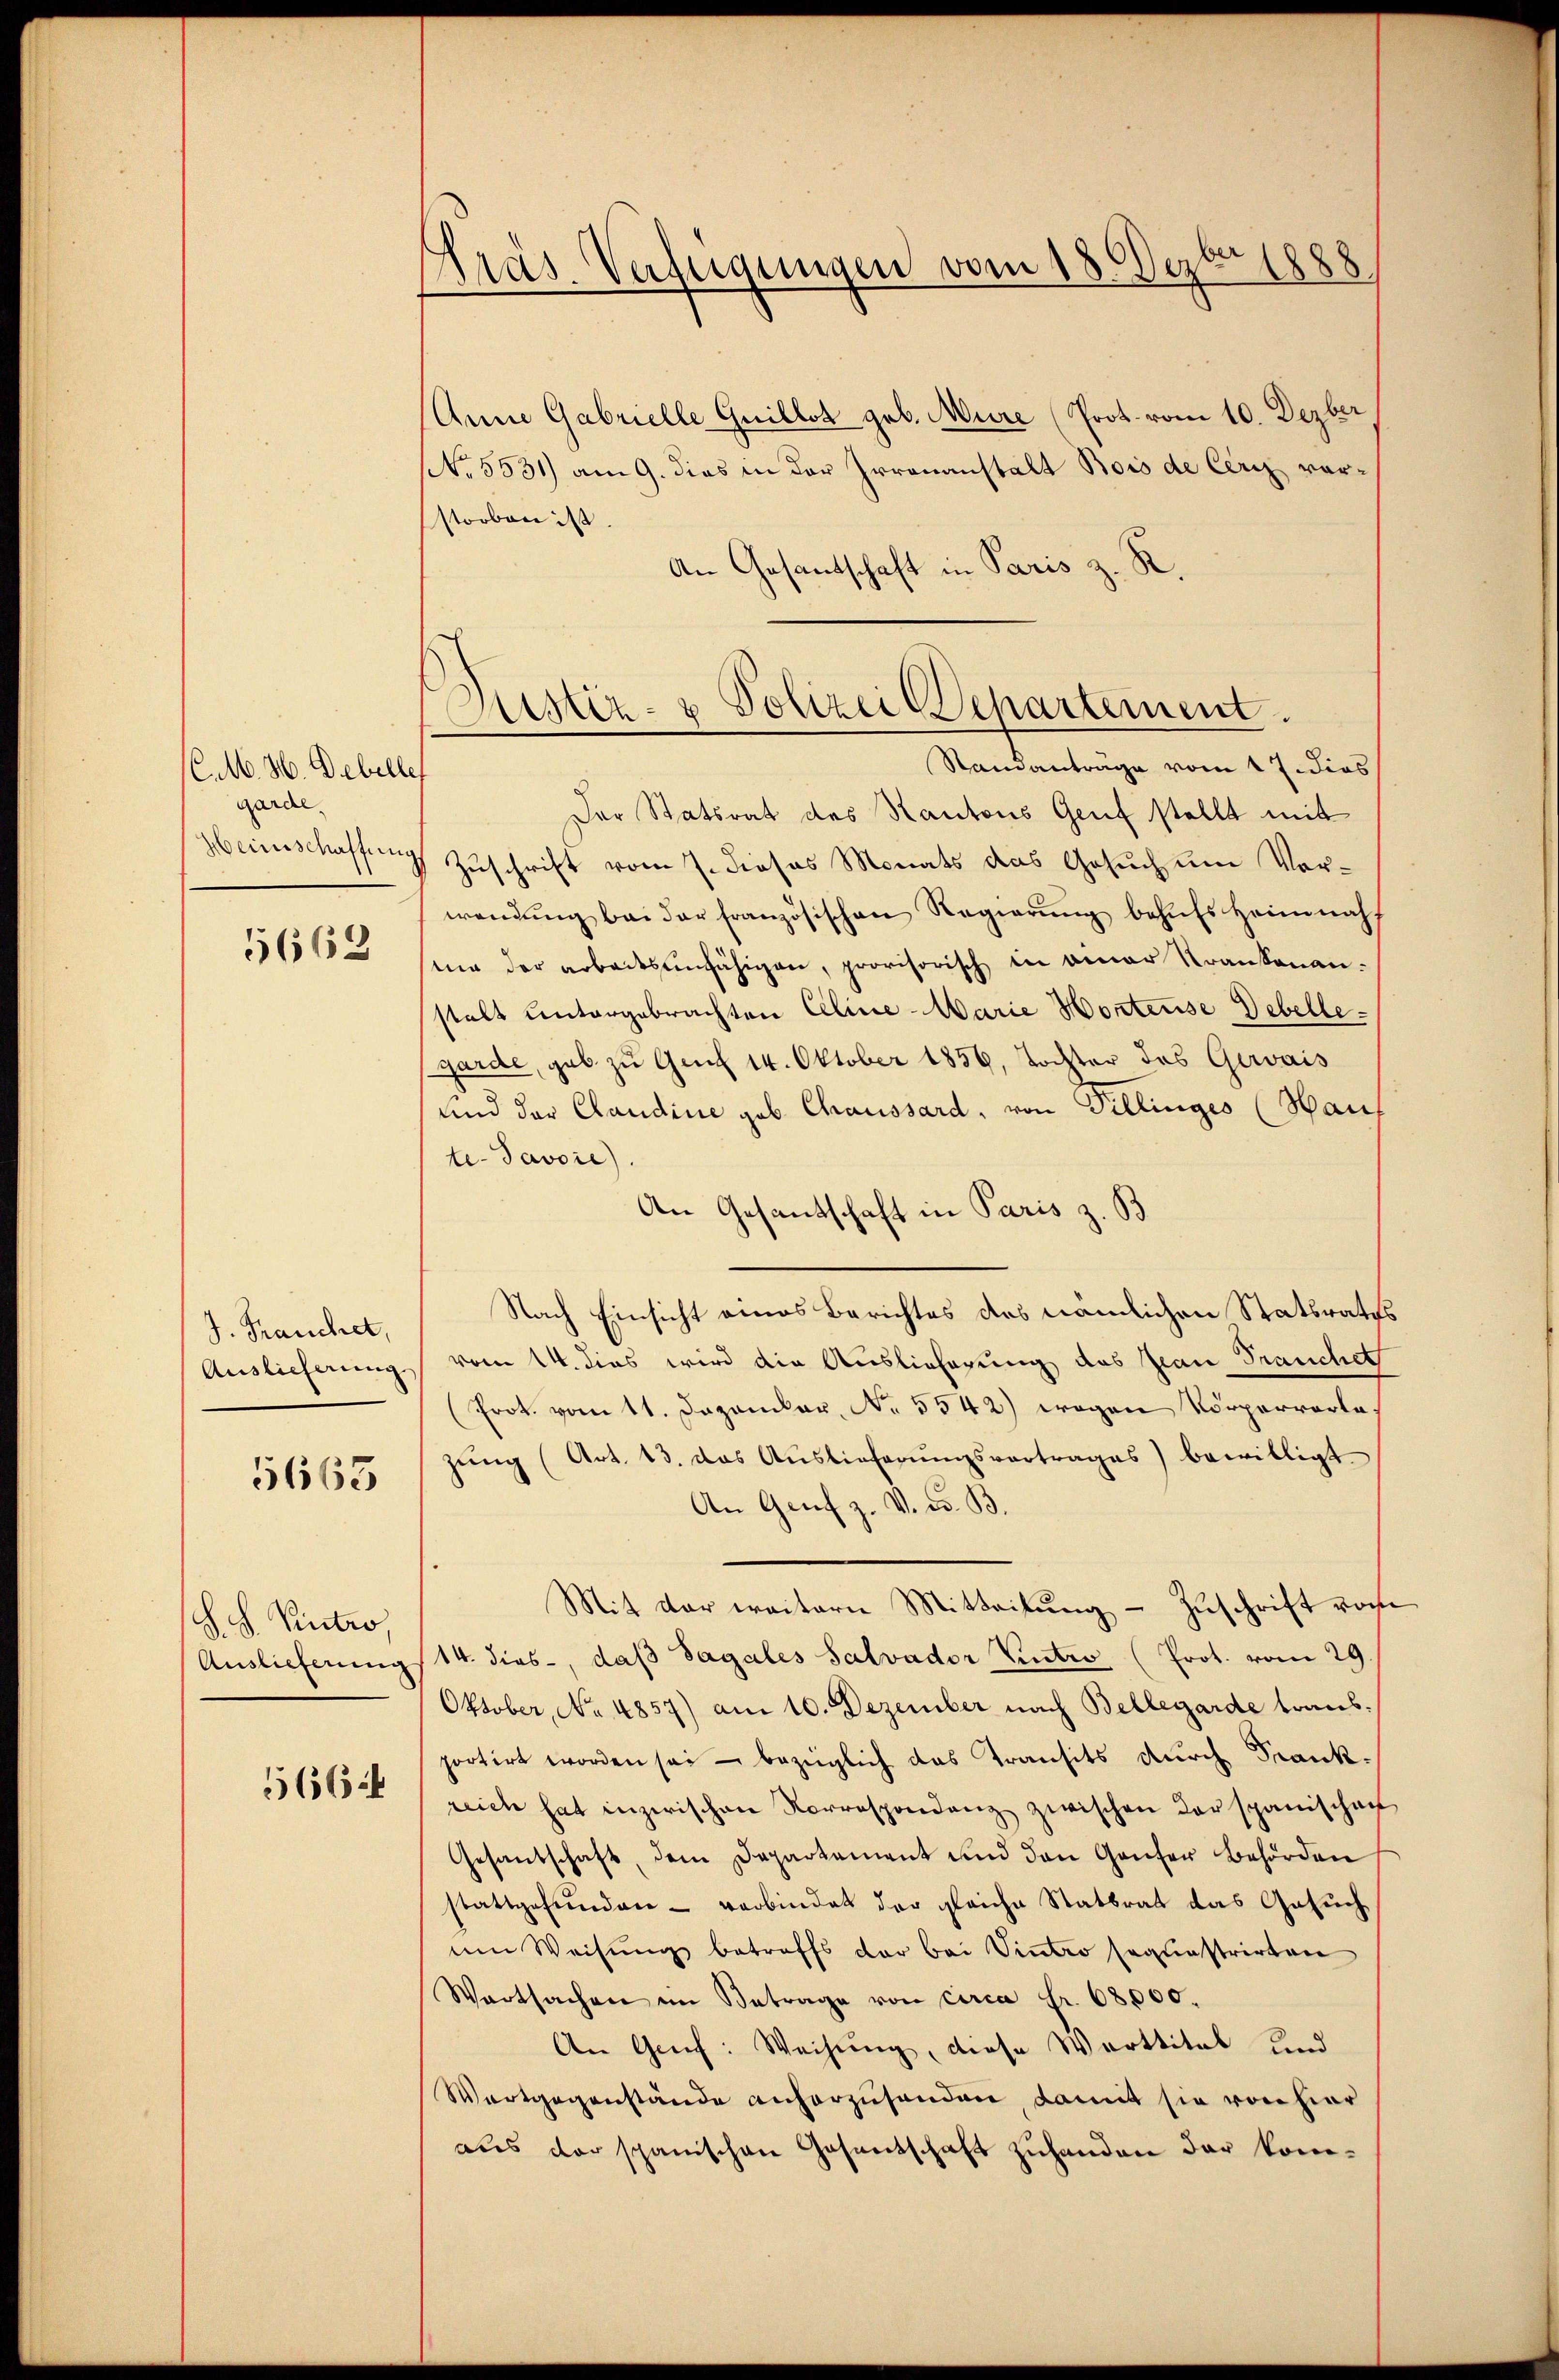
(C.M. H. Debelle
garde,
Heinschaffung
5662

J. Frauchet,
Auslieferung

5663

S. Patro
Auslieferung

566

Präs. Verfügungen vom 18. De
1888

Anna Gabrielle Guillot geb. Mure (Prot. vom 10. Dezber
NNo. 5531) am 9. dies in der Irrenanstalt Bois de Cerz vorstorben ist.
An Gesandtschaft in Paris z. R.
Der Statsrat des Kantons Genf stellt mit
Zuschrift vom 7. dieses Monats das Gesuch um Vorwendŭng bei der französischen Regierŭng behŭfs heimnahf
ma der arbeitsunfähigen, provisorisch in einer Krankenanstalt untergebrachten Cline-Marie Hortense Debellegarde, geb zu Gut 14. Oktober 1856, Tochter des Gewais
und der Claudine geb. Chaussard, von Pillinges (Hau
te-Javoie).
An Gesandtschaft in Paris z. B
Nach Einsicht eines Berichtes des nämlichen Statsraths
vom 14. dies wird die Auslieferung des Jean Frauchet
(Prot. vom 11. Dezember, No. 5542) wegen Vorparrarlazŭng (Art. 13. das Aŭslieferŭngsvertrages) bewilligt
An Genf z. V. d. B.
Mit der weitern Mitteilung - Zuschrift vor¬
14. dies, daß Sagales Salvador Vintro (Prot. vom 29.
Oktober, No 4857) am 10. Dezember nach Bellegarde traus.
portirt worden sei - bezüglich das Transits durch Frankreich hat inzwischen Korrespondenz zwischen derspanischaff
Gesandschaft, dem Departament und den Ganter Behörden
stattgefŭnden - verbindet der gleiche Statsrat das Gesuch
um Weisŭng betreffs der bei Vintro sequestrirten
Wartsachen im Betrage von circa Fr. 68000.
An Greif: Weisung, diese Warttital und
Wartgegenstände anherzusenden, damit sie von hier
aus der spanischen Gesentschaft zuhanden der kom¬

Zustiz- & Polizei Departement.
Standantrage vom 17. dies